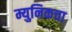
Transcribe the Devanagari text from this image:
म्युनिकचा